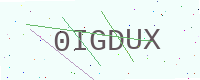
Text: 0IGDUX